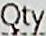
QTY